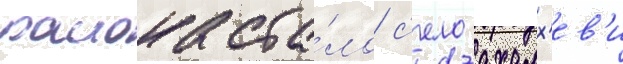
раиона ста́ло с'ело ахалх'ев'и